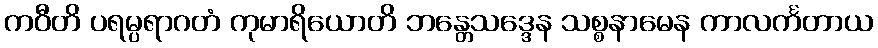
ကဝီတိ ပရမ္ပရာဂတံ ကုမာရိယောတိ ဘန္တေသဒ္ဒေန သစ္စနာမေန ကာလင်္ကတာယ